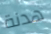
هدنة